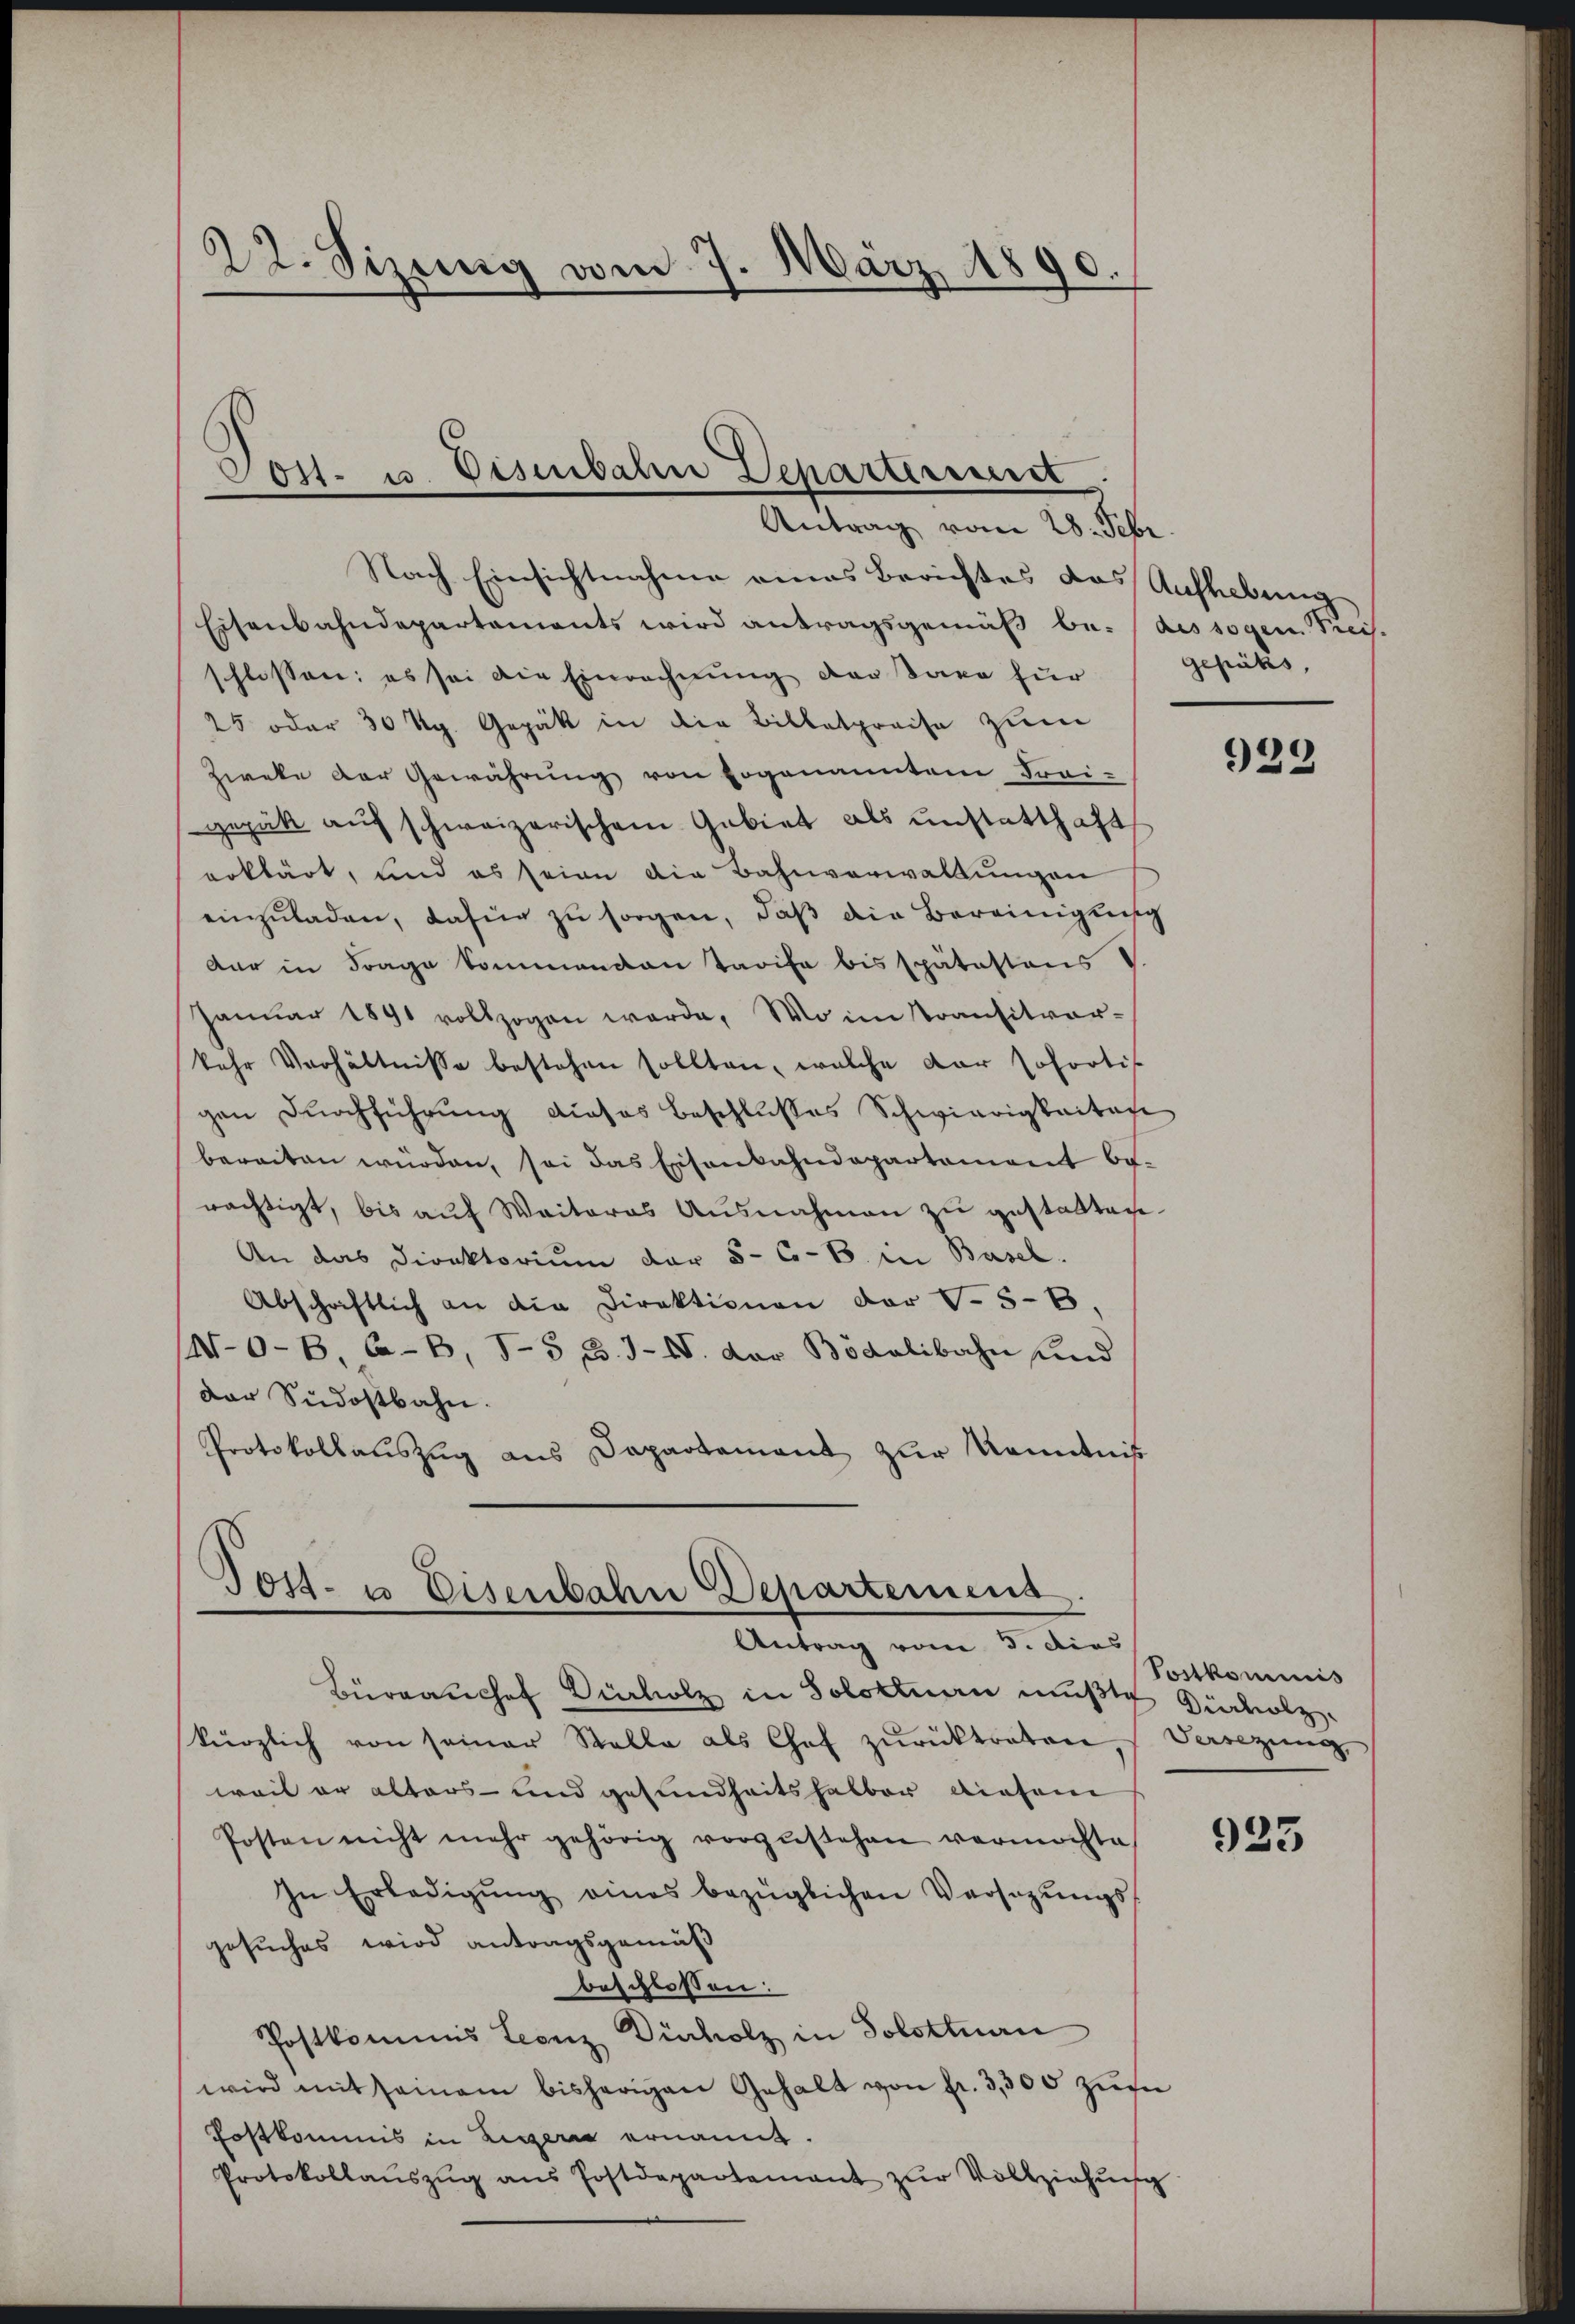
22. Sizung vom 7. März 1890.

Nach Einsichtnahme eines Berichtes das Aufhebung
Eisenbahndepartements wird antragsgemäß be- (des sogen Preis-
schlissen: es sei die Einrechnung der Saxe für Gepäks,
25 oder 30 Kg. Gepät in die Billetpreise zum
Zweke der Gewährung von sogenannten Frei-
gepakt auf schweizerischem Gebiet als unstatthaft
erklärt, und es seine die Bahnverwaltungen
einzuladen, dafür zu sorgen, daß die Bereinigung
dar in Frage kommenden Tarife bis spätestens
Januar 1891 vollzogen werde. Wo im Transitvor-
kehr Verhältnisse bestehen sollten, welche der sofortis
gen durchführung dieses Beschlusses Schwierigkeitag
bereiten würden, sei das Eisenbahndepartement berächtigt, bis auf Weiteres Ausnahmen zu gestatten.
An das Direktorium der 5 C.-B. in Basel.
Abschaftlich an die Direktionen der S. 58,
(M-O-B C-B, J-5 B. J.-V. dar Bödelibahn und
Dar Südostbahn.
Protokollaŭszŭg aŭs Departement zŭr Kenntnis

Post. u. Eisenbahn Departerunst
Antrag vom 28. Febr

S
Jost- u Eisenbahne Departemens
Antrag vom 3. Dies

Büranchef Dücholz in Solottnau mußte Gerolz
kürzlich von seiner Stalle als Chef zŭrücktreten, Versezung
weil er alters- und gesundheitshalber diesem
Posten nicht mehr gehörig vorzŭstehen vermöchte
In Erledigŭng eines bezüglichen Versetzŭngs-
gesuches wird antragsgemäß
beschlossen:
Postkommis Leonz Dürholz in Solottuen
wird mit seinem bisherigen Gehalt von fr. 3,300 zuf
Fostkommis in Ligern ernannt.
Protokollaŭszŭg ans Postdepartement zŭr Vollziehŭng

929

Postkommis

923